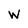
Character: W